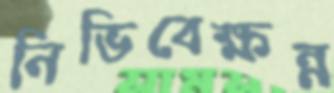
নিভিবেক্ষন্ন